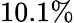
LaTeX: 10.1\%